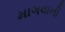
માગવાની